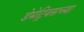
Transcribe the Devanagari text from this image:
डेमेट्रियसच्या